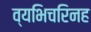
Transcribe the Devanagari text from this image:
व्यभिचरिनह